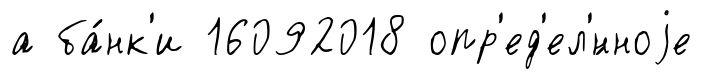
а ба́нк'и 16092018 опр'ед'ел'́нноjе